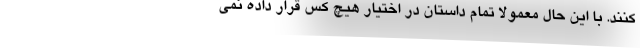
کنند. با این حال معمولا تمام داستان در اختیار هیچ کس قرار داده نمی